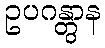
ဥပဂန္တွာန